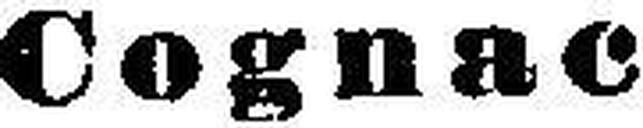
Cognac